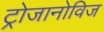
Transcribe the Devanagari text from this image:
ट्रोजानोविज